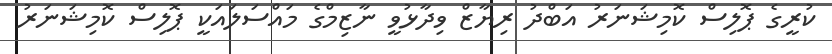
ކުރީގެ ޕޮލިސް ކޮމިޝަނަރު އަބްދު ރިޔާޒް ވިދާޅުވީ ނާޒިމްގެ މައްސަލައަކީ ޕޮލިސް ކޮމިޝަނަރު